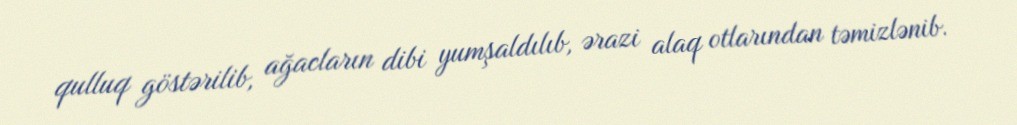
qulluq göstərilib, ağacların dibi yumşaldılıb, ərazi alaq otlarından təmizlənib.